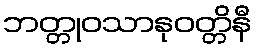
ဘတ္တုဝသာနုဝတ္တိနီ